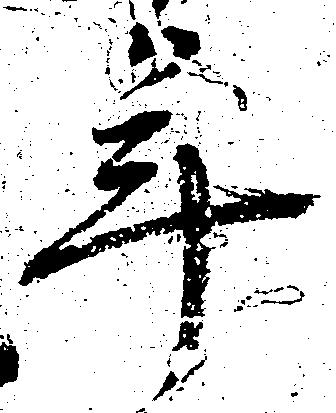
年